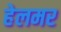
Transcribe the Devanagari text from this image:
हेलमर